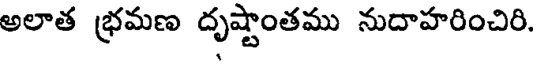
అలాత భ్రమణ దృష్టాంతము నుదాహరించిరి.